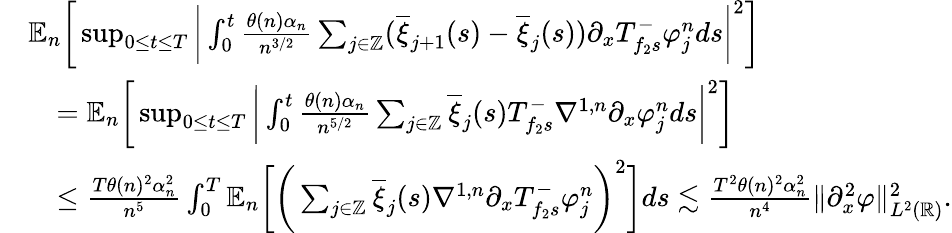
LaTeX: \begin{array}{rl}&{\mathbb{E}_{n}\bigg[\operatorname*{sup}_{0\le t\le T}\bigg|\int_{0}^{t}\frac{\theta(n)\alpha_{n}}{n^{3/2}}\sum_{j\in\mathbb{Z}}(\overline{{\xi}}_{j+1}(s)-\overline{{\xi}}_{j}(s))\partial_{x}T_{f_{2}s}^{-}\varphi_{j}^{n}ds\bigg|^{2}\bigg]}\\ &{\quad=\mathbb{E}_{n}\bigg[\operatorname*{sup}_{0\le t\le T}\bigg|\int_{0}^{t}\frac{\theta(n)\alpha_{n}}{n^{5/2}}\sum_{j\in\mathbb{Z}}\overline{{\xi}}_{j}(s)T_{f_{2}s}^{-}\nabla^{1,n}\partial_{x}\varphi_{j}^{n}ds\bigg|^{2}\bigg]}\\ &{\quad\le\frac{T\theta(n)^{2}\alpha_{n}^{2}}{n^{5}}\int_{0}^{T}\mathbb{E}_{n}\bigg[\bigg(\sum_{j\in\mathbb{Z}}\overline{{\xi}}_{j}(s)\nabla^{1,n}\partial_{x}T_{f_{2}s}^{-}\varphi_{j}^{n}\bigg)^{2}\bigg]ds\lesssim\frac{T^{2}\theta(n)^{2}\alpha_{n}^{2}}{n^{4}}\| \partial_{x}^{2}\varphi\| _{L^{2}(\mathbb{R})}^{2}.}\end{array}